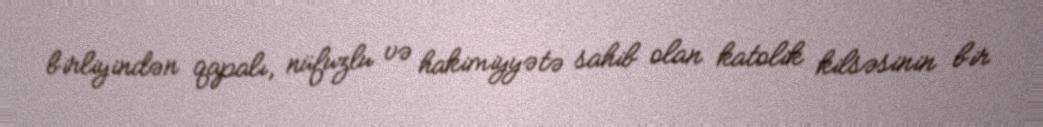
birliyindən qapalı, nüfuzlu və hakimiyyətə sahib olan katolik kilsəsinin bir